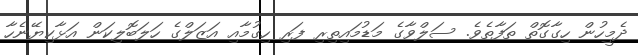
ދެމީހުން ހިގާގޮތް ތަފާތެވެ. ސަލްވާގެ މަޑުމައިތިރި ފަރި ހިގުމާއި އަޒަލްގެ ހަލަބޮލިކަން އަޅާކިޔޭނެހާ